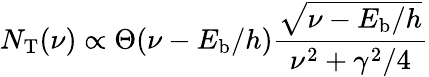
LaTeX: N_{\mathrm{T}}(\nu)\propto\Theta(\nu-E_{\mathrm{b}}/h)\frac{\sqrt{\nu-E_{\mathrm{b}}/h}}{\nu^{2}+\gamma^{2}/4}